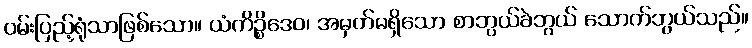
ဝမ်းပြည့်ရုံသာဖြစ်သော။ ယံကိဉ္စိဒေဝ၊ အမှတ်မရှိသော စာဘွယ်ခဲဘွယ် သောက်ဘွယ်သည်။